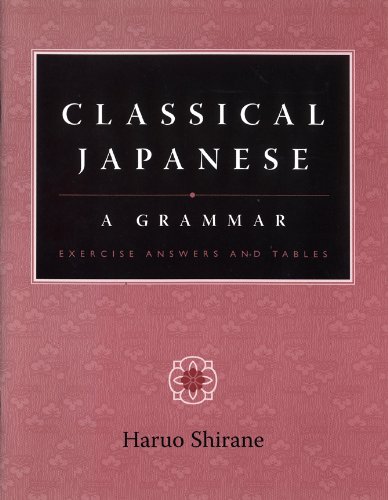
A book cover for Classical Japanese: A Grammar; Haruo Shirane; Reference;